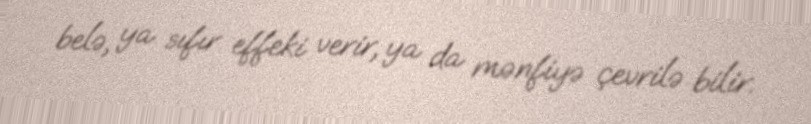
belə, ya sıfır effeki verir, ya da mənfiyə çevrilə bilir.